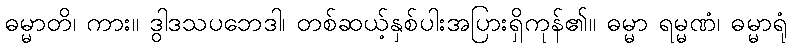
ဓမ္မာတိ၊ ကား။ ဒွါဒသပဘေဒါ၊ တစ်ဆယ့်နှစ်ပါးအပြားရှိကုန်၏။ ဓမ္မာ ရမ္မဏံ၊ ဓမ္မာရုံ